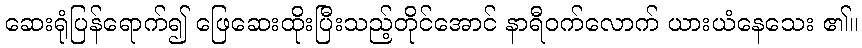
ဆေးရုံပြန်ရောက်၍ ဖြေဆေးထိုးပြီးသည့်တိုင်အောင် နာရီဝက်လောက် ယားယံနေသေး ၏။